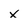
Character: x